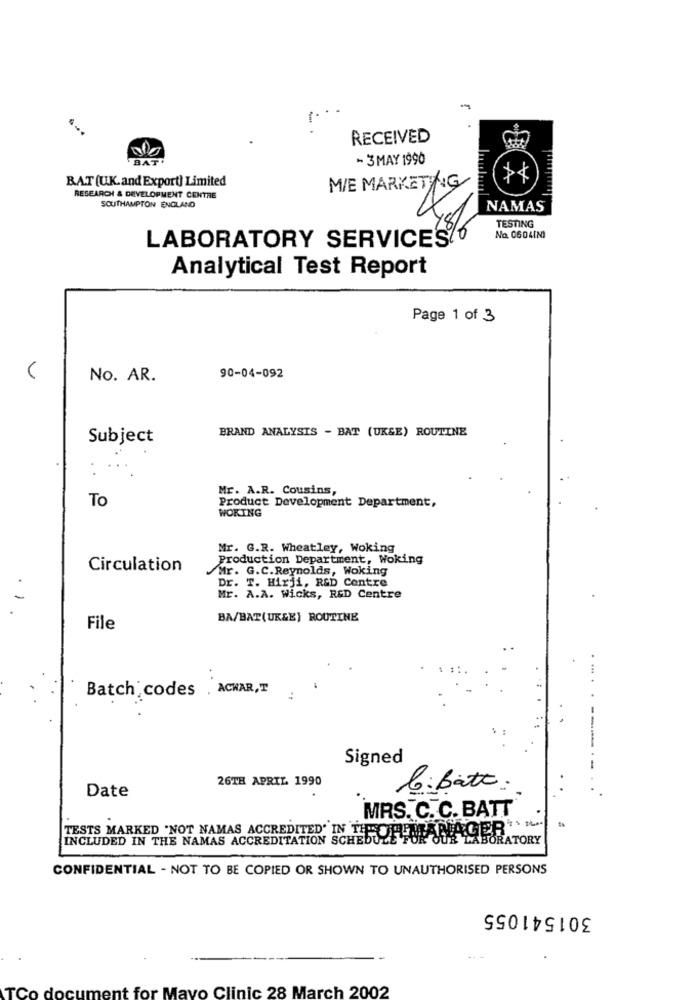
RECEIVED
BAT+
- 3 MAY 1990
BAT (UK.and Export) Limited
MIE MARKETING
RESEARCH & DEVELOPMENT CENTRE
SOUTHAMPTON ENGLAND
NAMAS
TESTING
LABORATORY SERVICES6
No. 060 4INI
Analytical Test Report
Page 1 of 3
V
No. AR.
90-04-092
BRAND ANALYSIS - BAT (UK&E) ROUTINE
Subject
Mr. A.R. Cousins,
To
Product Development Department,
WOKING
Mr. G.R. Wheatley, Woking
Production Department, Woking
Circulation
Mr. G.C. Reynolds, Woking
Dr. T. Hirji, R&D Centre
Mr. A.A. Wicks, R&D Centre
BA/BAT(UK&E] ROUTINE
File
. .
Batch codes . ACHAR,T
Signed
26TH APRIL 1990
Date
b: bath
MRS. C.C. BATT
TESTS MARKED 'NOT NAMAS ACCREDITED IN THEORGMANAGER
INCLUDED IN THE NAMAS ACCREDITATION SCHEDULE FOR OUR LABORATORY
CONFIDENTIAL - NOT TO BE COPIED OR SHOWN TO UNAUTHORISED PERSONS
301541055
TCo document for Mayo Clinic 28 March 2002